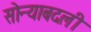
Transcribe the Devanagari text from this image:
सोन्याबदली